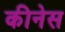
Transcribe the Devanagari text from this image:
कीनेस